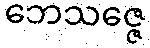
ဘေသဇ္ဇေ